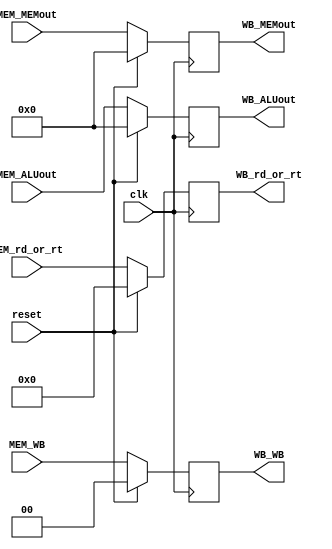
`timescale 1ns / 1ps
//////////////////////////////////////////////////////////////////////////////////
// Company: 
// Engineer: 
// 
// Design Name: 
// Module Name: MEMWB
// Project Name: 
// Target Devices: 
// Tool Versions: 
// Description: 
// 
// Dependencies: 
// 
// Revision:
// Revision 0.01 - File Created
// Additional Comments:
// 
//////////////////////////////////////////////////////////////////////////////////


module MEMWB(
        //--------------------input----------------------//
        input clk,
        input reset,
        //D0:RegWrite_id D1:MemToReg_id
        input [1:0] MEM_WB,
        input [31:0] MEM_ALUout,
        input [31:0] MEM_MEMout,
        input [4:0] MEM_rd_or_rt,
        //--------------------output----------------------//
        output reg [1:0] WB_WB,
        output reg [31:0] WB_ALUout,
        output reg [31:0] WB_MEMout,
        output reg [4:0] WB_rd_or_rt
    );
    always @(posedge clk)
    if(reset)
    begin
        WB_WB<=0;
        WB_ALUout<=0;
        WB_MEMout<=0;
        WB_rd_or_rt<=0;
    end
    else
    begin
        WB_WB<=MEM_WB;
        WB_ALUout<=MEM_ALUout;
        WB_MEMout<=MEM_MEMout;
        WB_rd_or_rt<=MEM_rd_or_rt;
    end
endmodule